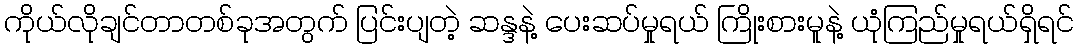
ကိုယ်လိုချင်တာတစ်ခုအတွက် ပြင်းပျတဲ့ ဆန္ဒနဲ့ ပေးဆပ်မှုရယ် ကြိုးစားမူနဲ့ ယုံကြည်မှုရယ်ရှိရင်